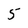
Character: 5